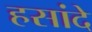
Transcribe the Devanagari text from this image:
हसांदे